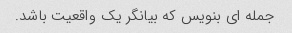
جمله ای بنویس که بیانگر یک واقعیت باشد.